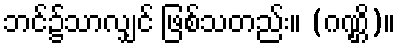
ဘင်၌သာလျှင် ဖြစ်သတည်း။ (ဂဏ္ဌိ)။